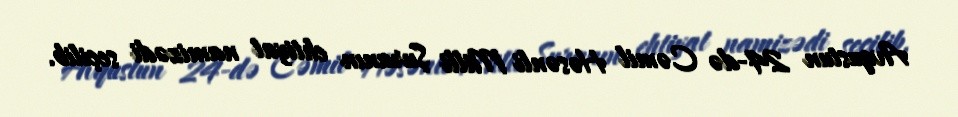
Avqustun 24-də Cəmil Həsənli Milli Şuranın ehtiyat namizədi seçilib.